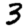
Digit: 3